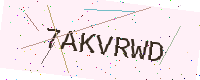
Text: 7AKVRWD